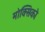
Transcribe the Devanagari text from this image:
मोक्सिको